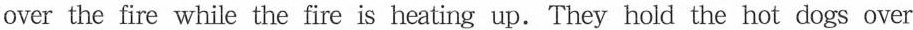
over the fire while the fire is heating up.They hold the hot dogs over